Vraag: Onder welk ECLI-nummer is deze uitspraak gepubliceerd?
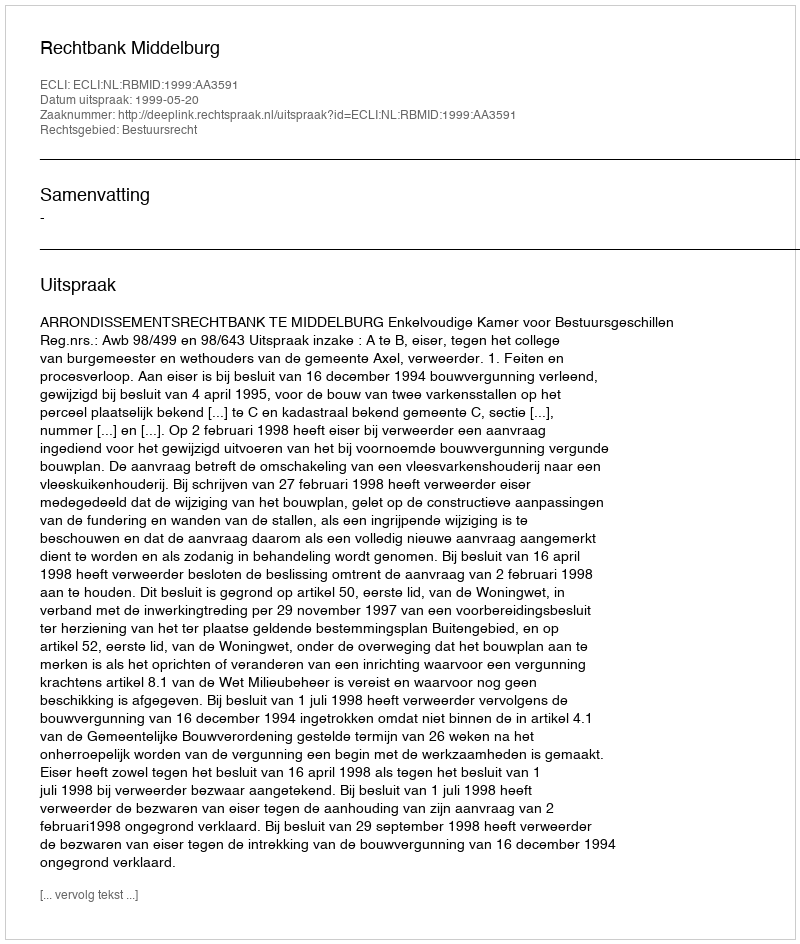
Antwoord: ECLI:NL:RBMID:1999:AA3591